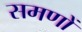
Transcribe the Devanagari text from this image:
समणों